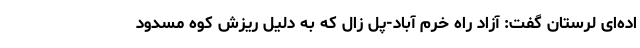
اده‌ای لرستان گفت: آزاد راه خرم آباد-پل زال که به دلیل ریزش کوه مسدود